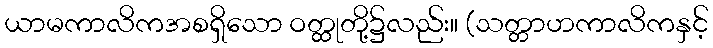
ယာမကာလိကအစရှိသော ဝတ္ထုတို့၌လည်း။ (သတ္တာဟကာလိကနှင့်